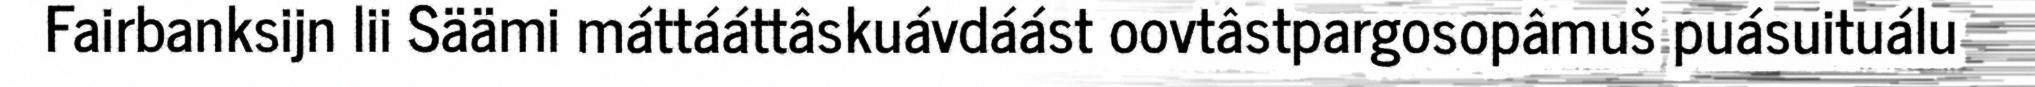
Fairbanksijn lii Säämi máttááttâskuávdáást oovtâstpargosopâmuš puásuituálu